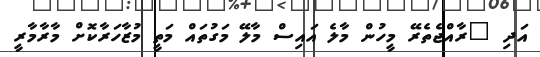
އަދި "ރާއްޖެތެރޭ މީހުން މާލެ އައިސް މާލޭ މަގުތައް މަތީ މުޒާހަރާކޮށް މާރާމާރީ